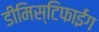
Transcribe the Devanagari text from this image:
डीमिस्टिफाईंग